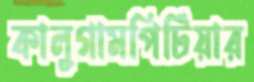
কালুগামপিটিয়ার